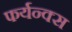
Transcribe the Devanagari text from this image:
फर्यन्क्स